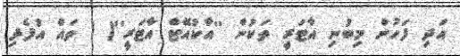
އަދި ފަހުން މިބުނި އާޓަރީ ތަކުން ''އާކުއޭޓް އާޓަރީ''( ) ތައް އުފެދި